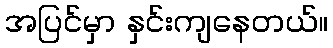
အပြင်မှာ နှင်းကျနေတယ်။